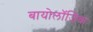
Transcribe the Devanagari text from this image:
बायोलॉजिक